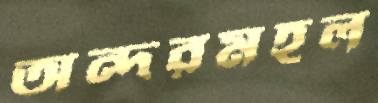
অন্দরমহল